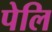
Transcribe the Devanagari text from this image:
पेलि